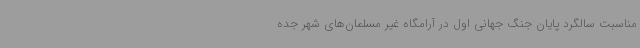
مناسبت سالگرد پایان جنگ جهانی اول در آرامگاه غیر مسلمان‌های شهر جده